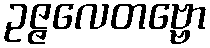
ဥဇ္ဇလေတဗ္ဗော